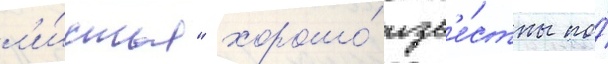
л'и́стья" хорошо́ изв'е́стны по́